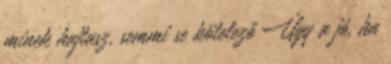
minek hajtasz, semmi se kötelező Úgy a jó, ha